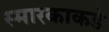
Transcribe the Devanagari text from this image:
स्मारकाकडे